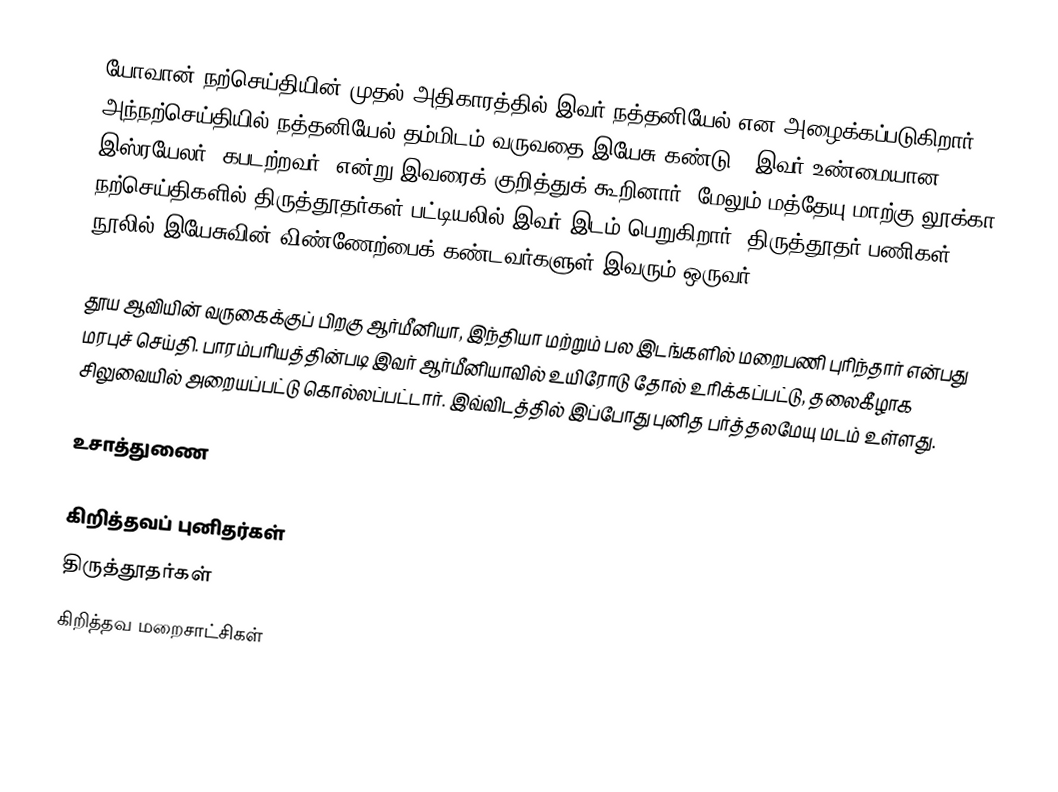
யோவான் நற்செய்தியின் முதல் அதிகாரத்தில் இவர் நத்தனியேல் என அழைக்கப்படுகிறார். அந்நற்செய்தியில் நத்தனியேல் தம்மிடம் வருவதை இயேசு கண்டு,  'இவர் உண்மையான இஸ்ரயேலர், கபடற்றவர்'  என்று இவரைக் குறித்துக் கூறினார். மேலும் மத்தேயு மாற்கு லூக்கா நற்செய்திகளில் திருத்தூதர்கள் பட்டியலில் இவர் இடம் பெறுகிறார். திருத்தூதர் பணிகள் நூலில் இயேசுவின் விண்ணேற்பைக் கண்டவர்களுள் இவரும் ஒருவர்.

தூய ஆவியின் வருகைக்குப் பிறகு ஆர்மீனியா, இந்தியா மற்றும் பல இடங்களில் மறைபணி புரிந்தார் என்பது மரபுச் செய்தி. பாரம்பரியத்தின்படி இவர் ஆர்மீனியாவில் உயிரோடு தோல் உரிக்கப்பட்டு, தலைகீழாக சிலுவையில் அறையப்பட்டு கொல்லப்பட்டார். இவ்விடத்தில் இப்போது புனித பர்த்தலமேயு மடம் உள்ளது.

உசாத்துணை

கிறித்தவப் புனிதர்கள்
திருத்தூதர்கள்
கிறித்தவ மறைசாட்சிகள்